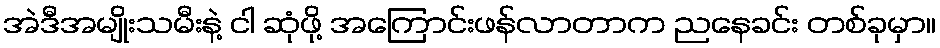
အဲဒီအမျိုးသမီးနဲ့ ငါ ဆုံဖို့ အကြောင်းဖန်လာတာက ညနေခင်း တစ်ခုမှာ။